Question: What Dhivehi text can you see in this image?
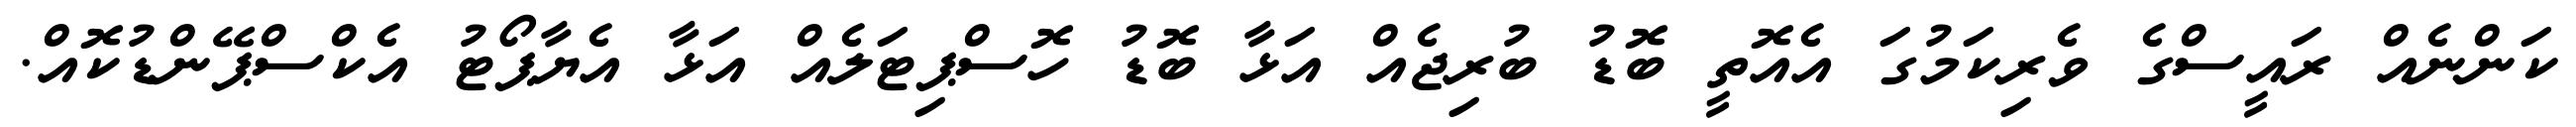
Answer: ކަންނެއް ރައީސްގެ ވެރިކަމުގަ އެއޮތީ ބޮޑު ބުރިޖެއް އަޅާ ބޮޑު ހޮސްޕިޓަލެއް އަޅާ އެޔާޕޯޓު އެކްސްޕޭންޑުކޮއް.